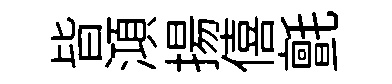
𣅜澒揚僖氈